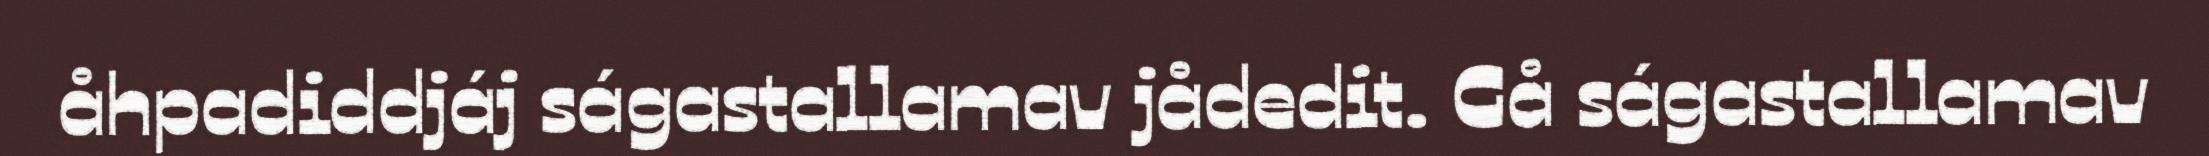
åhpadiddjáj ságastallamav jådedit. Gå ságastallamav